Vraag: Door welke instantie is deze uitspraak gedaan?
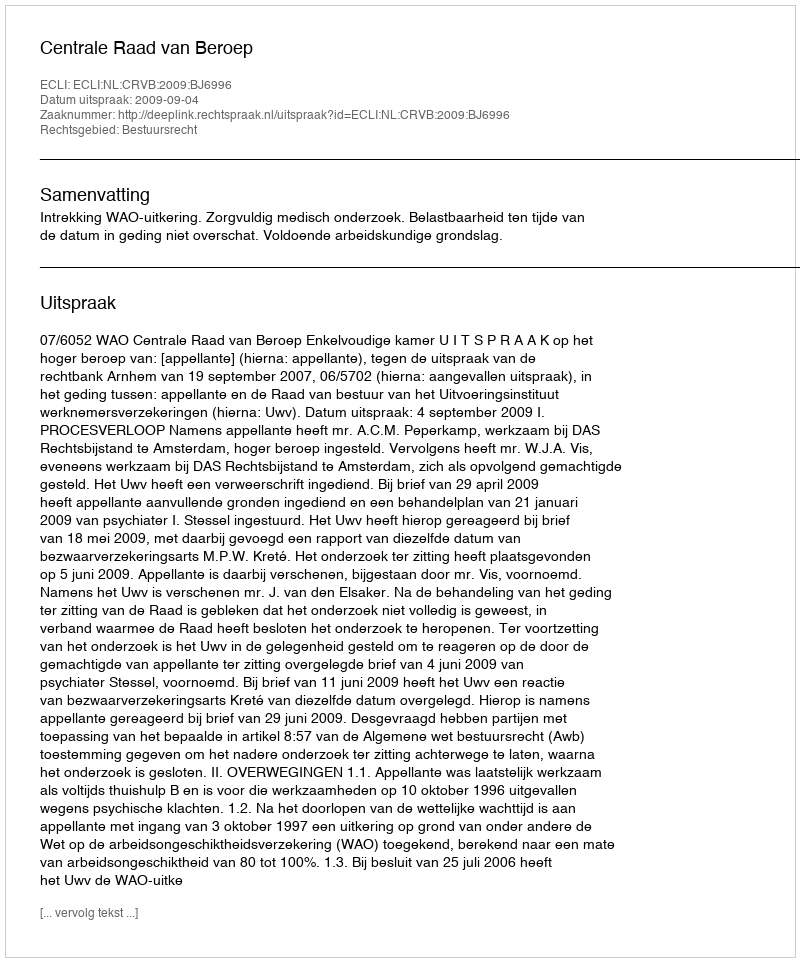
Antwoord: Centrale Raad van Beroep